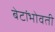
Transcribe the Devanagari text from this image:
बेटांभोवती